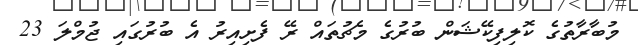
މުބާރާތުގެ ކޮލިފިކޭޝަން ބުރުގެ މެޗުތައް ރޭ ފެށިއިރު އެ ބުރުގައި ޖުމްލަ 23